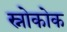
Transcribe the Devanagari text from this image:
स्नोकोक